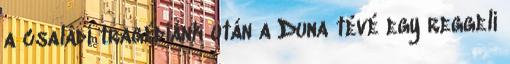
a családi tragédiánk után a Duna tévé egy reggeli